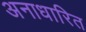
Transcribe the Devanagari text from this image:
अनाधारित